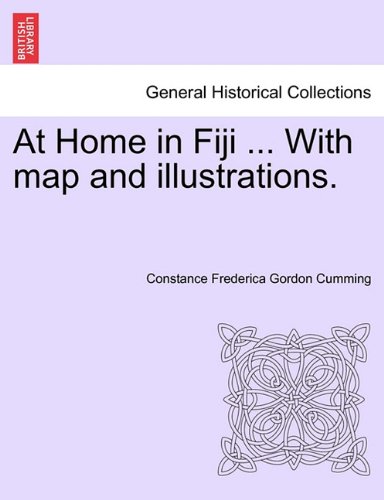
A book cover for At Home in Fiji ... With map and illustrations, Vol. I; Constance Frederica Gordon Cumming; History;